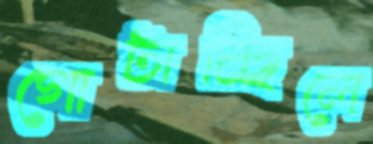
গোটাচ্ছিলে